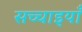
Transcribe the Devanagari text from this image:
सच्चाइयाँ